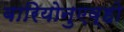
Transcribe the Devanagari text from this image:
बारियोनुएव्हो